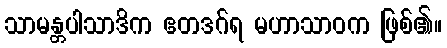
သာမန္တပါသာဒိက ဧတဒဂ်ရ မဟာသာဝက ဖြစ်၏။